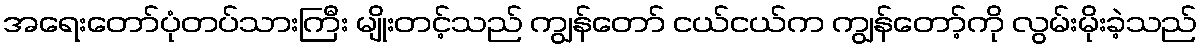
အရေးတော်ပုံတပ်သားကြီး မျိုးတင့်သည် ကျွန်တော် ငယ်ငယ်က ကျွန်တော့်ကို လွမ်းမိုးခဲ့သည်